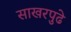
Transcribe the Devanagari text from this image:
साखरपुढे